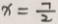
x = \frac { 7 } { 2 }